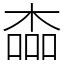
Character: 楍